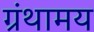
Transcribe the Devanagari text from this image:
ग्रंथामय